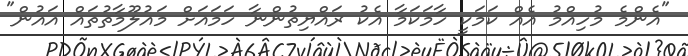
"އެންމެ މުހިއްމު އެއް ކަމަކީ ހާމަކަމާ އެކު ރައްޔިތުންނާ ހަމައަށް މައުލޫމާތުތައް އައުން"